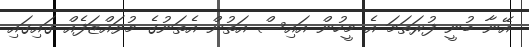
އޭނާ ބުނީ ފުރަތަމަ އެ މީހުން އައިސް އަތުން އެތަނުގެ މުވައްޒަފެއް ގައިގައި